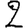
Digit: 2